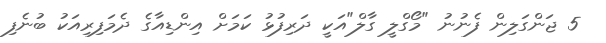
5 ޖަންގަލިން ފެނުނު "މޯގްލީ ގާލް"އަކީ ދަރިފުޅު ކަމަށް އިންޑިއާގެ ދެމަފިރިއަކު ބުނެފި